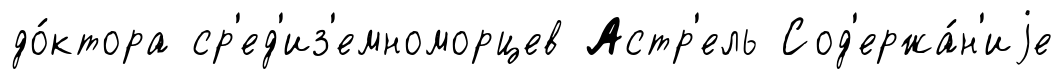
до́ктора ср'ед'из'емноморцев Астр'ель Сод'ержа́н'иjе